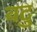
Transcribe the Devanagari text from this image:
वटु